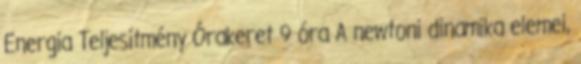
Energia Teljesítmény Órakeret 9 óra A newtoni dinamika elemei,